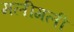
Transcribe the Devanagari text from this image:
मलीगली